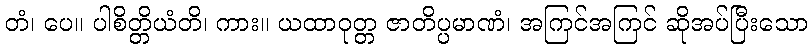
တံ၊ ပေ။ ပါစိတ္တိယံတိ၊ ကား။ ယထာဝုတ္တ ဇာတိပ္ပမာဏံ၊ အကြင်အကြင် ဆိုအပ်ပြီးသော